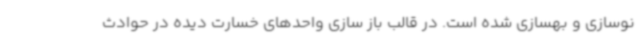
نوسازی و بهسازی شده است. در قالب باز سازی واحدهای خسارت دیده در حوادث